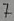
Text: 7